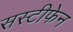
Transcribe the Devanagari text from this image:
सस्टीफेन